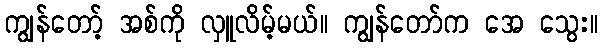
ကျွန်တော့် အစ်ကို လှူလိမ့်မယ်။ ကျွန်တော်က အေ သွေး။